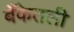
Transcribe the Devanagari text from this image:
बँकेतली